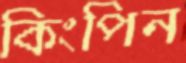
কিংপিন